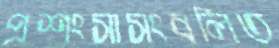
প্রশংসাসংবলিত